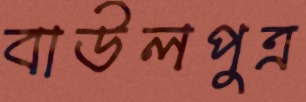
বাউলপুত্র